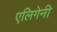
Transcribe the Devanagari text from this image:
एलिगेनी